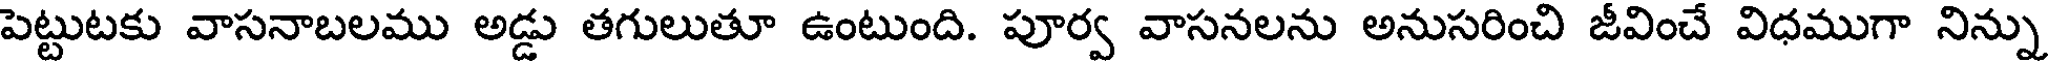
పెట్టుటకు వాసనాబలము అడ్డు తగులుతూ ఉంటుంది. పూర్వ వాసనలను అనుసరించి జీవించే విధముగా నిన్ను